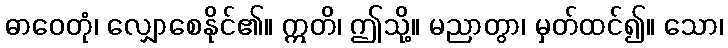
ဓာဝေတုံ၊ လျှောစေနိုင်၏။ ဣတိ၊ ဤသို့။ မညာတွာ၊ မှတ်ထင်၍။ သော၊